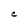
Character: C